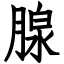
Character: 腺